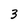
Character: 3